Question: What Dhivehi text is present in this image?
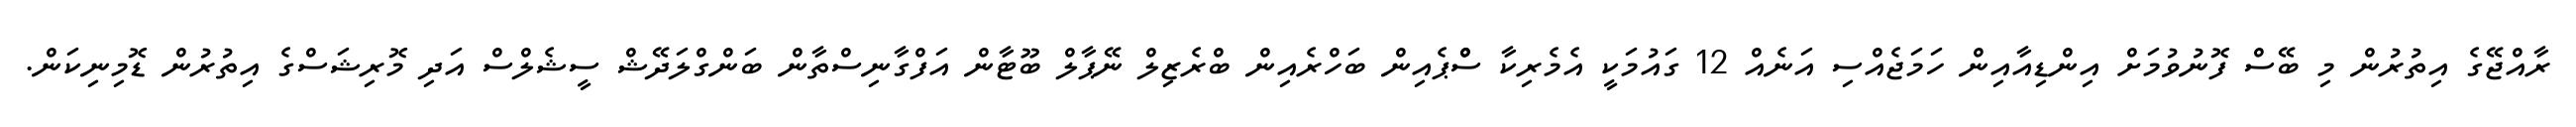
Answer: ރާއްޖޭގެ އިތުރުން މި ބޭސް ފޮނުވުމަށް އިންޑިއާއިން ހަމަޖެއްސި އަނެއް 12 ގައުމަކީ އެމެރިކާ ސްްޕެއިން ބަހްރެއިން ބްރެޒިލް ނޭޕާލް ބޫޓާން އަފްގާނިސްތާން ބަންގްލަދޭޝް ސީޝެލްސް އަދި މޮރިޝަސްގެ އިތުރުން ޑޮމިނިކަން.